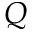
\boldsymbol { Q }